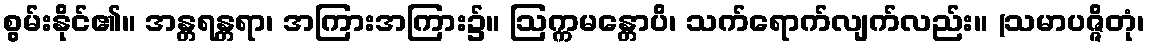
စွမ်းနိုင်၏။ အန္တရန္တရာ၊ အကြားအကြား၌။ ဩက္ကမန္တောပိ၊ သက်ရောက်လျက်လည်း။ (သမာပဇ္ဇိတုံ၊